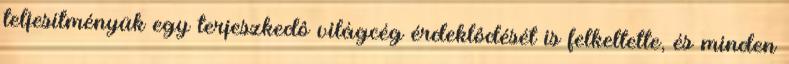
teljesítményük egy terjeszkedô világcég érdeklôdését is felkeltette, és minden